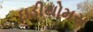
ઇડીથોમસ